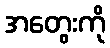
အတွေးကို